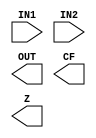
`timescale 1ns / 1ps
//////////////////////////////////////////////////////////////////////////////////
// Company: 
// Engineer: 
// 
// Design Name: 
// Module Name: ADD
// Project Name: 
// Target Devices: 
// Tool Versions: 
// Description: 
// 
// Dependencies: 
// 
// Revision:
// Revision 0.01 - File Created
// Additional Comments:
// 
//////////////////////////////////////////////////////////////////////////////////


module ADD(
    input [3:0] IN1,
    input [3:0] IN2,
    output [3:0] OUT,
    output CF,
    output Z
    );
endmodule